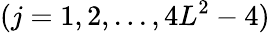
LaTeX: (j=1,2,...,4L^{2}-4)